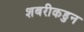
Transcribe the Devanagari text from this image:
शबरीकडुन